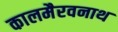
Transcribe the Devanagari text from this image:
कालमैरवनाथ